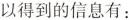
以得到的信息有：